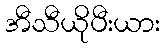
အီသီယိုပီးယား